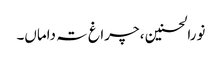
نورالحسنین ، چراغ تہ داماں۔